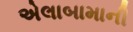
એલાબામાની